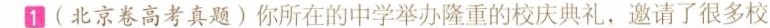
(北京卷高考真题)你所在的中学举办隆重的校庆典礼，邀请了很多校